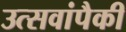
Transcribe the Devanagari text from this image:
उत्सवांपैकी